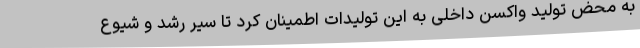
به محض تولید واکسن داخلی به این تولیدات اطمینان کرد تا سیر رشد و شیوع